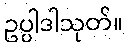
ဥပ္ပါဒါသုတ်။